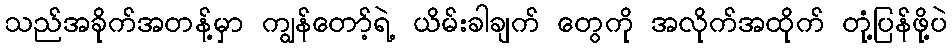
သည်အခိုက်အတန့်မှာ ကျွန်တော့်ရဲ့ ယိမ်းခါချက် တွေကို အလိုက်အထိုက် တုံ့ပြန်ဖို့ပဲ